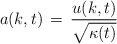
\begin{align*}a(k, t) \, = \, {u(k,t) \over \sqrt{\kappa (t)}}\end{align*}